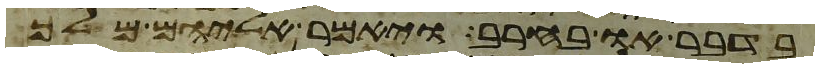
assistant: בדבר או בחרב ויאמר אליהם מלך